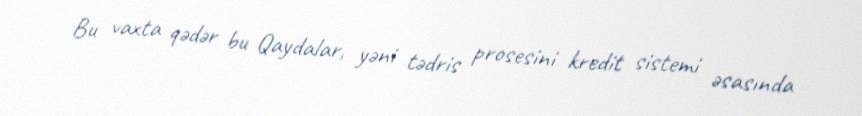
Bu vaxta qədər bu Qaydalar, yəni tədris prosesini kredit sistemi əsasında